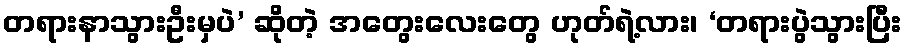
တရားနာသွားဦးမှပဲ’ ဆိုတဲ့ အတွေးလေးတွေ ဟုတ်ရဲ့လား၊ ‘တရားပွဲသွားပြီး